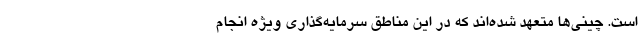
است. چینی‌ها متعهد شده‌اند که در این مناطق سرمایه‌گذاری ویژه انجام